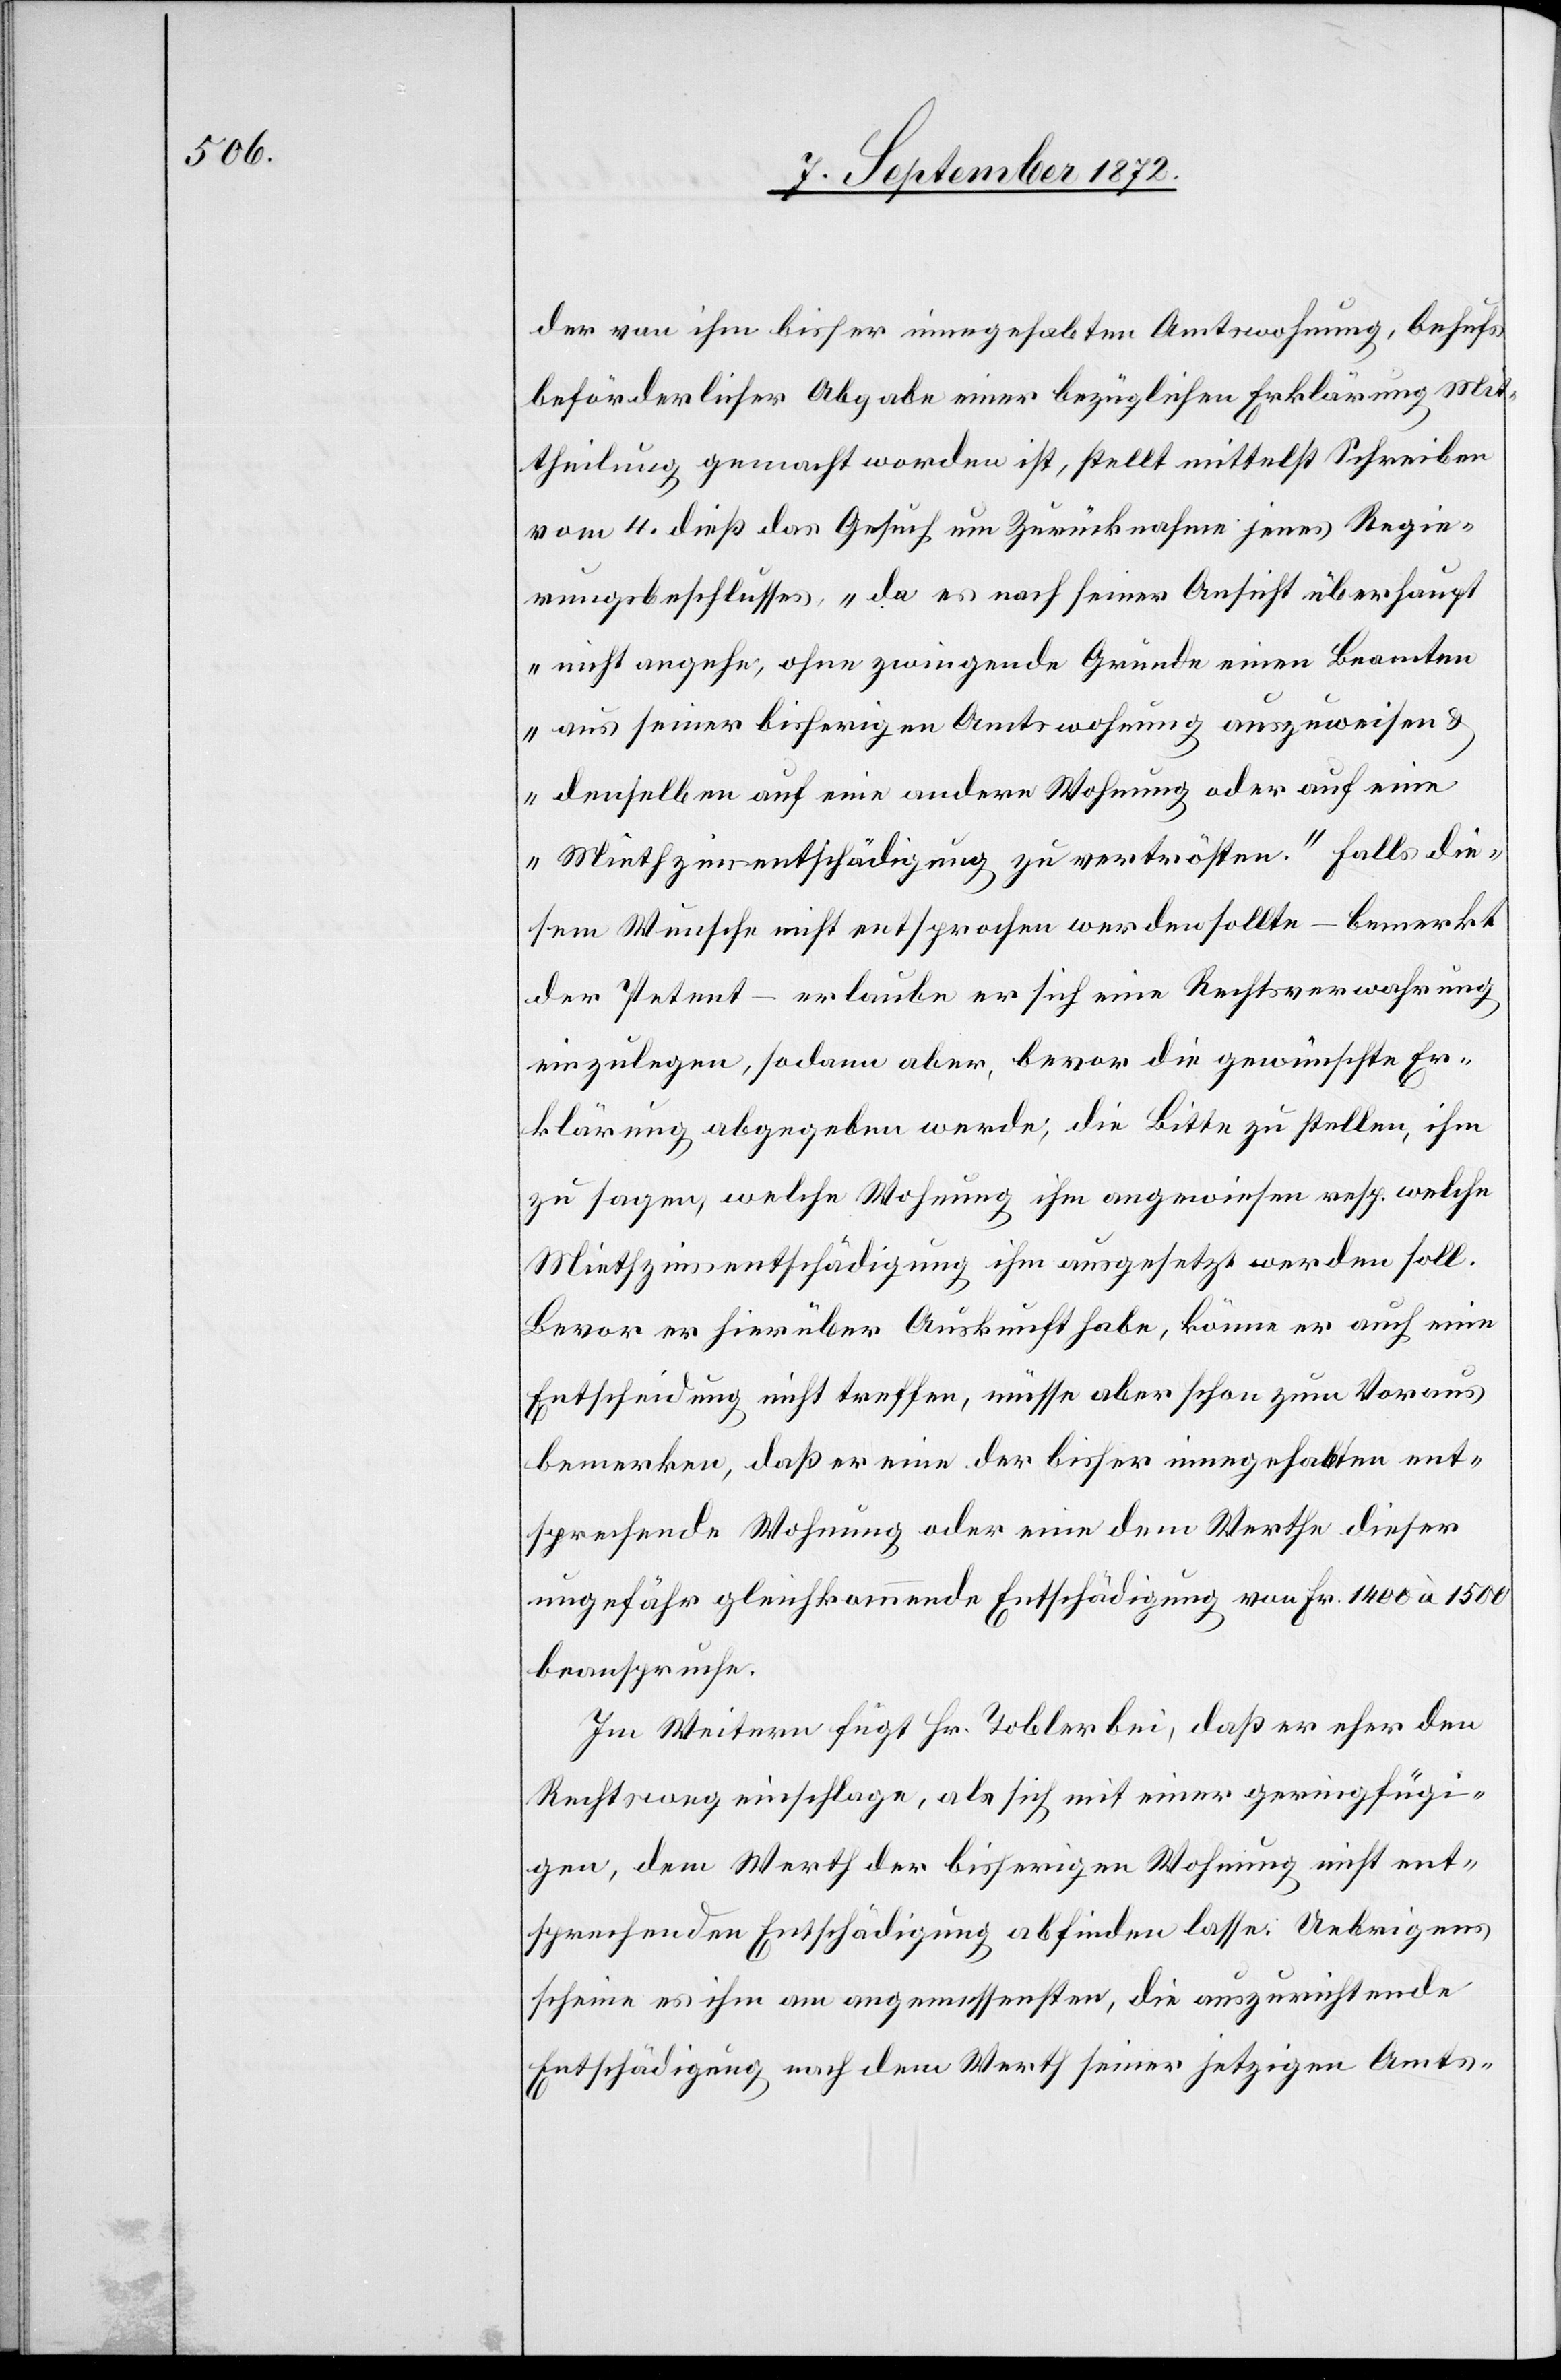
der von ihm bisher innegehabten Amtswohnung, behufs
beförderlicher Abgabe einer bezüglichen Erklärung Mit¬
theilung gemacht worden ist, stellt mittelst Schreiben
vom 4. dieß das Gesuch um Zurücknahme jenes Regie¬
rungsbeschlusses „da es nach seiner Ansicht überhaupt
nicht angehe, ohne zwingende Gründe einen Beamten
aus seiner bisherigen Amtswohnung auszuweisen u.
denselben auf eine andere Wohnung oder auf eine
Miethzinsentschädigung zu vertrösten.“ Falls die¬
sem Wunsche nicht entsprochen werden sollte – bemerkt
der Petent – erlaube er sich eine Rechtsverwahrung
einzulegen, sodann aber, bevor die gewünschte Er¬
klärung abgegeben werden, die Bitte zu stellen, ihm
zu sagen, welche Wohnung ihm angewiesen resp. welche
Miethzinsentschädigung ihm ausgesetzt werden soll.
Bevor er hierüber Auskunft habe, könne er auch eine
Entscheidung nicht treffen, müsse aber schon zum Voraus
bemerken, daß er eine der bisher innegehabten ent¬
sprechende Wohnung oder eine dem Werthe dieser
ungefähr gleichkommende Entschädigung von Fr. 1400 à 1500
beanspruche.
Im Weitern fügt Hr. Tobler bei, daß er eher den
Rechtsweg einschlage, als sich mit einer geringfügi¬
gen, dem Werth der bisherigen Wohnung nicht ent¬
sprechenden Entschädigung abfinden lasse. Uebrigens
scheine es ihm am angemessensten, die auszurichtende
Entschädigung nach dem Werth seiner jetzigen Amts-